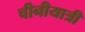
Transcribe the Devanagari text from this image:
चीनीयात्री